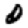
Digit: 0